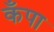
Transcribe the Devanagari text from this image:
कँपा